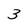
Character: 3